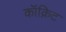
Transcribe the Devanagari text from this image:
कॉक्रिट